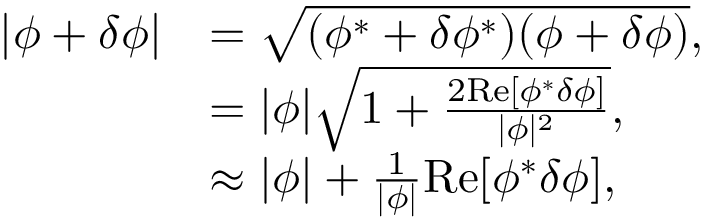
\begin{array} { r l } { | \phi + \delta \phi | } & { = \sqrt { ( \phi ^ { * } + \delta \phi ^ { * } ) ( \phi + \delta \phi ) } , } \\ & { = | \phi | \sqrt { 1 + \frac { 2 \mathrm { R e } [ \phi ^ { * } \delta \phi ] } { | \phi | ^ { 2 } } } , } \\ & { \approx | \phi | + \frac { 1 } { | \phi | } \mathrm { R e } [ \phi ^ { * } \delta \phi ] , } \end{array}